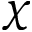
\chi